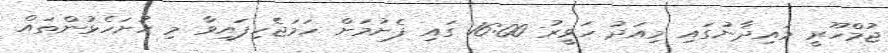
ޖުމްހޫރީ މައިދާނުގައި މިއަދު ހަވީރު 16:00 ގައި ފެށުމަށް ހަމަޖެހިފައިވާ މި ހުށަހެޅުންތައް